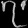
Digit: ၇